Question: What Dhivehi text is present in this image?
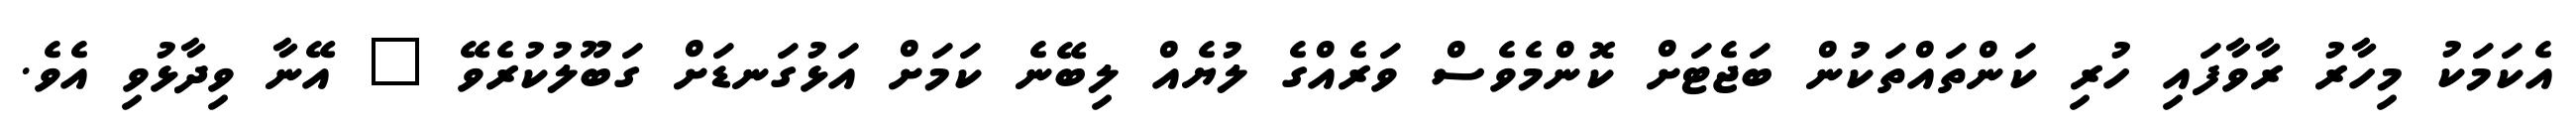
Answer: އެކަމަކު މިހާރު ރާވާފައި ހުރި ކަންތައްތަކުން ބަޖެޓަށް ކޮންމެވެސް ވަރެއްގެ ލުޔެއް ލިބޭނެ ކަމަށް އަޅުގަނޑަށް ގަބޫލުކުރެވޭ " އޭނާ ވިދާޅުވި އެވެ.